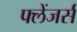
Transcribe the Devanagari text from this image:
फ्लेंजर्स